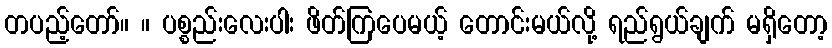
တပည့်တော်။ ။ ပစ္စည်းလေးပါး ဖိတ်ကြပေမယ့် တောင်းမယ်လို့ ရည်ရွယ်ချက် မရှိတော့